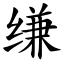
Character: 缣